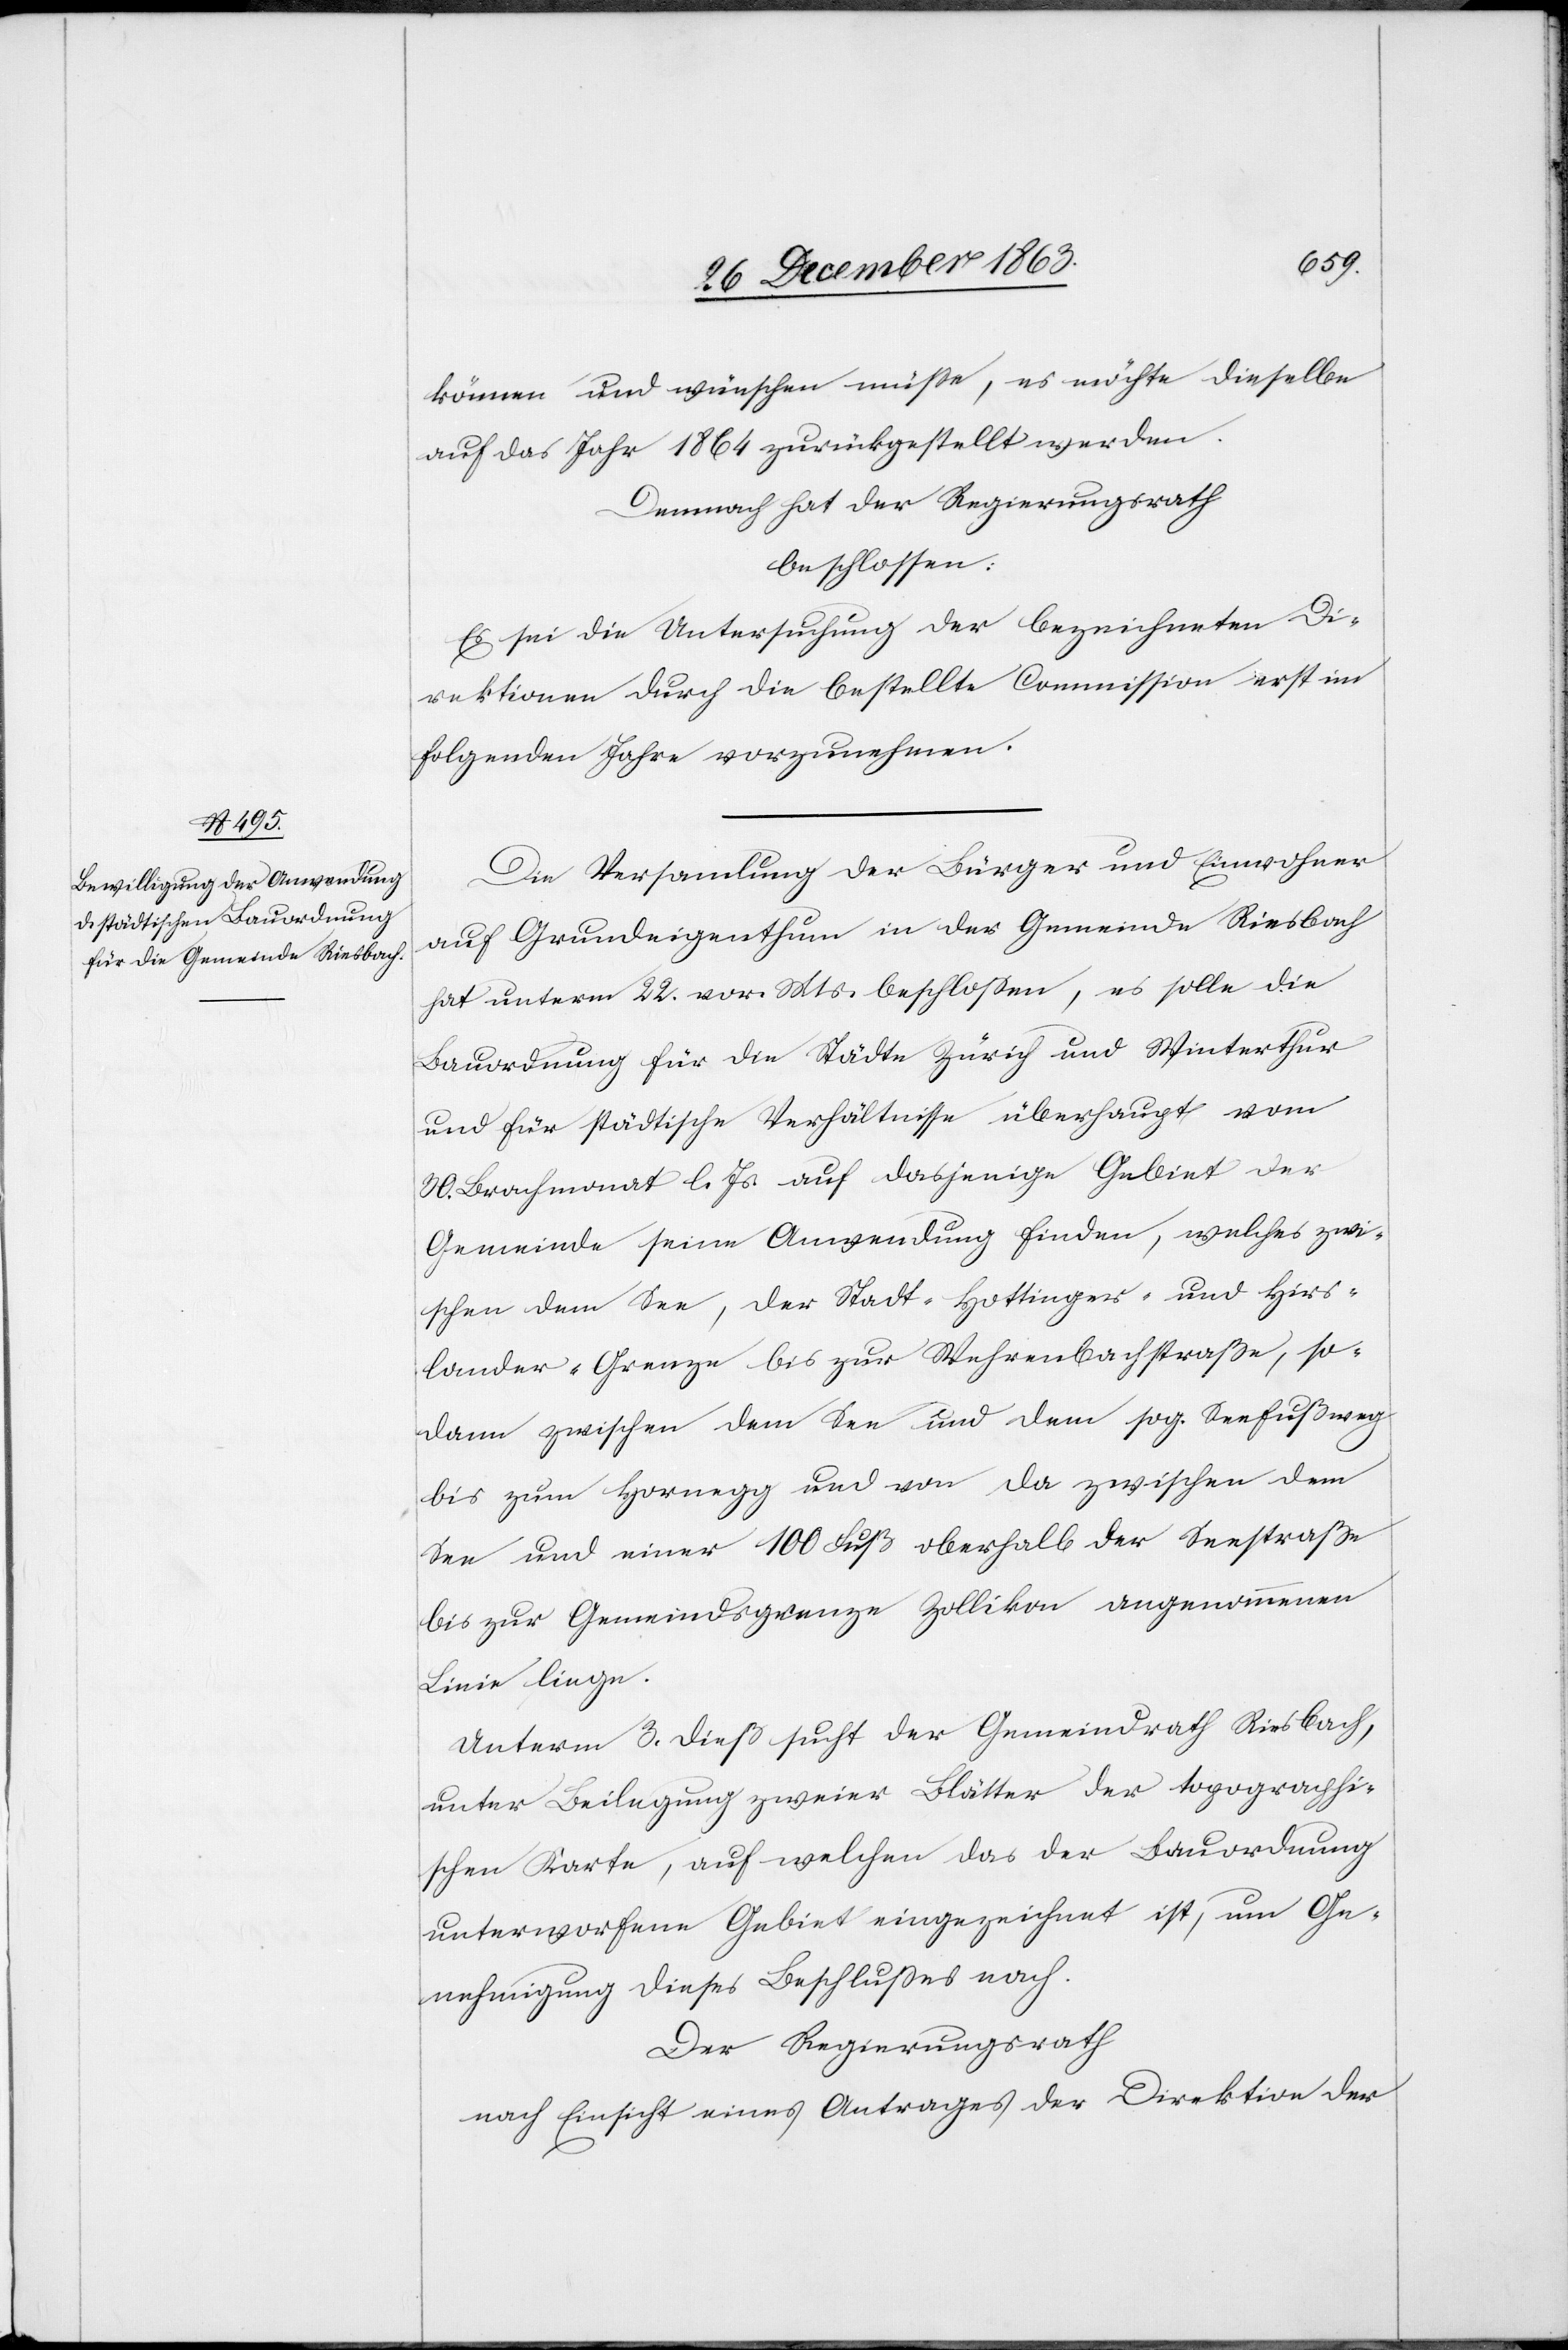
können und wünschen müsse, es möchte dieselbe
auf das Jahr 1864 zurückgestellt werden.
Demnach hat der Regierungsrath
beschlossen:
Es sei die Untersuchung der bezeichneten Di¬
rektionen durch die bestellte Commission erst im
folgenden Jahre vorzunehmen.
Die Versam[m]lung der Bürger und Einwohner
auf Grundeigenthum in der Gemeinde Riesbach
hat unterm 22. vor. Mts. beschlossen, es sollte die
Bauordnung für die Städte Zürich und Winterthur
und für städtische Verhältnisse überhaupt vom
30. Brachmonat l. Js. auf dasjenige Gebiet der
Gemeinde seine Anwendung finden, welches zwi¬
schen dem See, der Stadt-[,] Hottinger- und Hirs¬
lander-Grenze bis zur Wehrenbachstraße, so¬
dann zwischen dem See und dem sog. Seefußweg
bis zum Hornegg und von da zwischen dem
See und einer 100 Fuß oberhalb der Seestraße
bis zur Gemeindsgrenze Zollikon angenommenen
Linie liege.
Unterm 3. dieß such der Gemeindrath Riesbach,
unter Beilegung zweier Blätter der topographi¬
schen Karte, auf welchen das der Bauordnung
unterworfene Gebiet eingezeichnet ist, um Ge¬
nehmigung dieses Beschlusses nach.
Der Regierungsrath
nach Einsicht eines Antrages der Direktion der